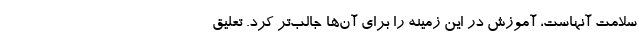
سلامت آنهاست، آموزش در این زمینه را برای آن‌ها جالب‌تر کرد. تعلیق